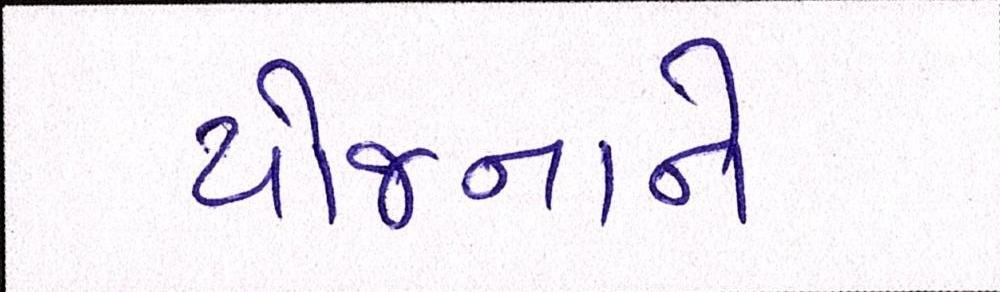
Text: યોજનાને